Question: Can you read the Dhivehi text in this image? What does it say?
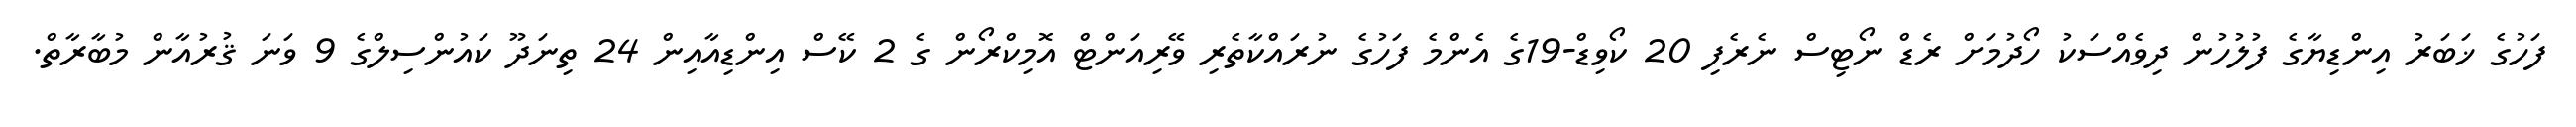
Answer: ފަހުގެ ޚަބަރު އިންޑިޔާގެ ފުލުހުން ދިވެއްސަކު ހޯދުމަށް ރެޑް ނޯޓިސް ނެރެފި 20 ކޯވިޑް-19ގެ އެންމެ ފަހުގެ ނުރައްކާތެރި ވޭރިއަންޓް އޮމިކްރޯން ގެ 2 ކޭސް އިންޑިއާއިން 24 ތިނަދޫ ކައުންސިލްގެ 9 ވަނަ ޤުރުއާން މުބާރާތް.